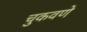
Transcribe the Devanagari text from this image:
चुकवणे